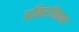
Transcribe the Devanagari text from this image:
अतिरंजितता